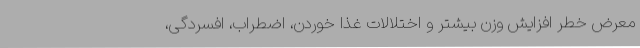
معرض خطر افزایش وزن بیشتر و اختلالات غذا خوردن، اضطراب، افسردگی،